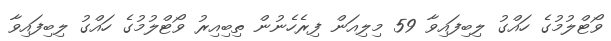
ވޯޓްލުމުގެ ހައްގު ލިބިފައިވާ 59 މިލިއަން ފިރެހެނުން ތިބިއިރު ވޯޓްލުމުގެ ހައްގު ލިބިފައިވާ